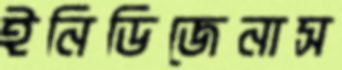
ইনিডিজেনাস